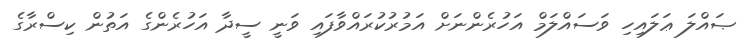
ޞައްލަ ޢަލައިހި ވަސައްލަމް އަހުރެންނަށް އަމުރުކުރައްވާފައި ވަނީ ސީދާ އަހުރެންގެ އަތުން ކިސްރާގެ